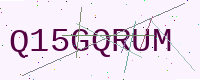
Text: Q15GQRUM